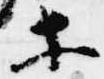
等